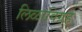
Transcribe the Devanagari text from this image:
लिळाविग्रह